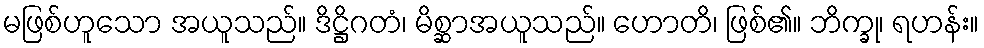
မဖြစ်ဟူသော အယူသည်။ ဒိဋ္ဌိဂတံ၊ မိစ္ဆာအယူသည်။ ဟောတိ၊ ဖြစ်၏။ ဘိက္ခု၊ ရဟန်း။